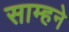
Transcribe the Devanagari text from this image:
साम्हने